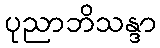
ပုညာဘိသန္ဒာ